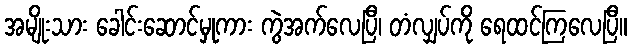
အမျိုးသား ခေါင်းဆောင်မှုကား ကွဲအက်လေပြီ၊ တံလျှပ်ကို ရေထင်ကြလေပြီ။